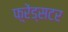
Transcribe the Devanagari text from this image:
फ़्रेंड्सटर